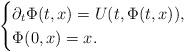
LaTeX: \begin{align*}\begin{cases}\partial_t \Phi(t,x) = U(t, \Phi(t,x)),\\\Phi(0,x)=x.\end{cases}\end{align*}